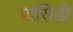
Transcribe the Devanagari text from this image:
पासिडी